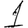
Digit: 1